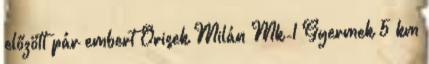
előzött pár embert Orisek Milán Mk-1 Gyermek 5 km